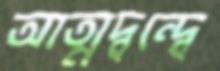
আত্মদ্বন্দ্বে